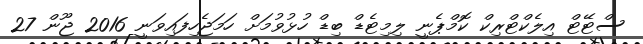
ސްޓޭޓް އިލެކްޓްރިކް ކޮމްޕެނީ ލިމިޓެޑް ބިޑް ހުޅުވުމަށް ހަމަޖެހިފައިވަނީ 2016 ޖޫން 27